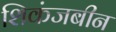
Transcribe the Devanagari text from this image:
शिकंजबीन